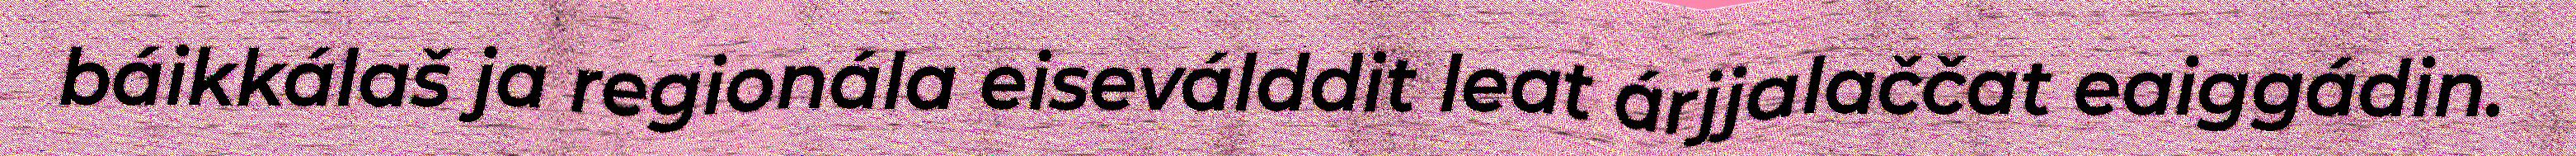
báikkálaš ja regionála eiseválddit leat árjjalaččat eaiggádin.